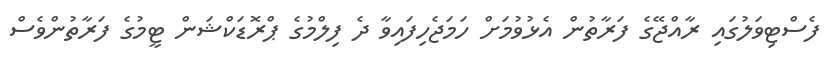
ފެސްޓިވަލުގައި ރާއްޖޭގެ ފަރާތުން އެޅުވުމަށް ހަމަޖެހިފައިވާ ދެ ފިލްމުގެ ޕްރޮޑަކްޝަން ޓީމުގެ ފަރާތުންވެސް